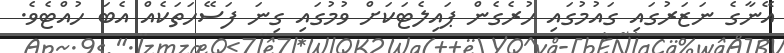
އޭނާގެ ނަޒަރުގައި ގައުމުގައި ހުރެގެން ޕައިލެޓަކަށް ވުމުގައި ގިނަ ފަސޭހަތަކެއް އެބަ ހުއްޓެވެ.